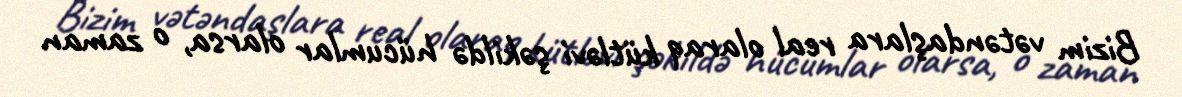
Bizim vətəndaşlara real olaraq kütləvi şəkildə hücumlar olarsa, o zaman